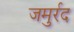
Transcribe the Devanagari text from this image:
जमुर्रद